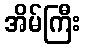
အိမ်ကြီး